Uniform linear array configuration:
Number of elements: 8
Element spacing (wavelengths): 1
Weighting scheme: hann
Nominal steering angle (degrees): -30
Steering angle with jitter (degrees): -29.827
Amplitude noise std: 0.05
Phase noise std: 0.05

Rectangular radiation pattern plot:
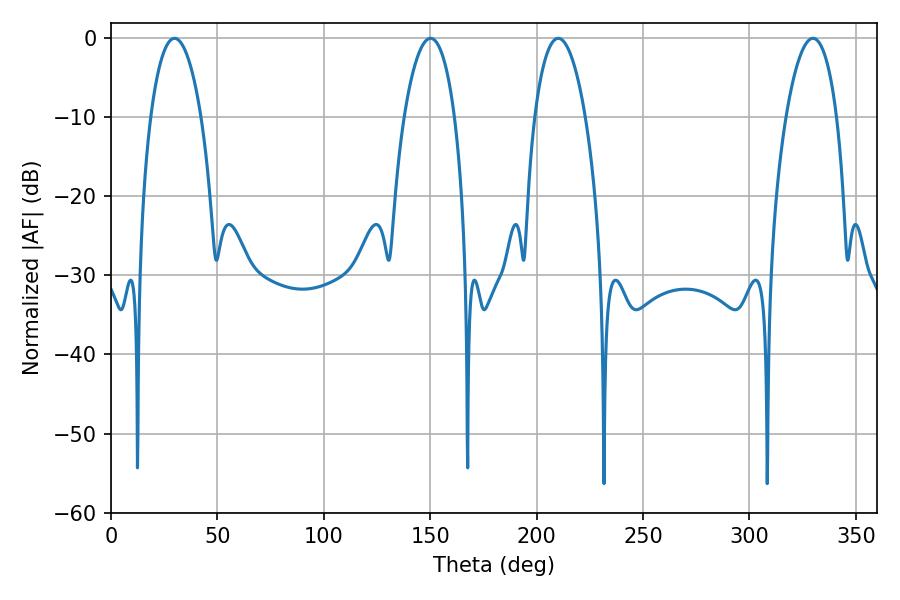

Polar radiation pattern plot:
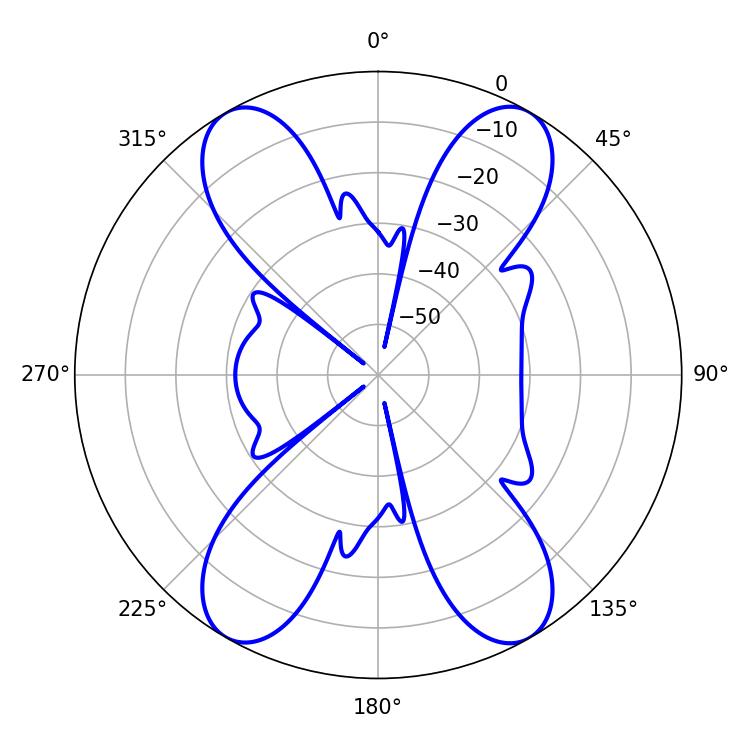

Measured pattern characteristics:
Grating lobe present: TRUE
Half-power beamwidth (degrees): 13.32
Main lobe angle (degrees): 29.88